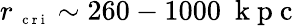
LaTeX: r_{\mathrm{~\scriptsize~c~r~i~}}\sim 260-1000~\mathrm{~k~p~c~}